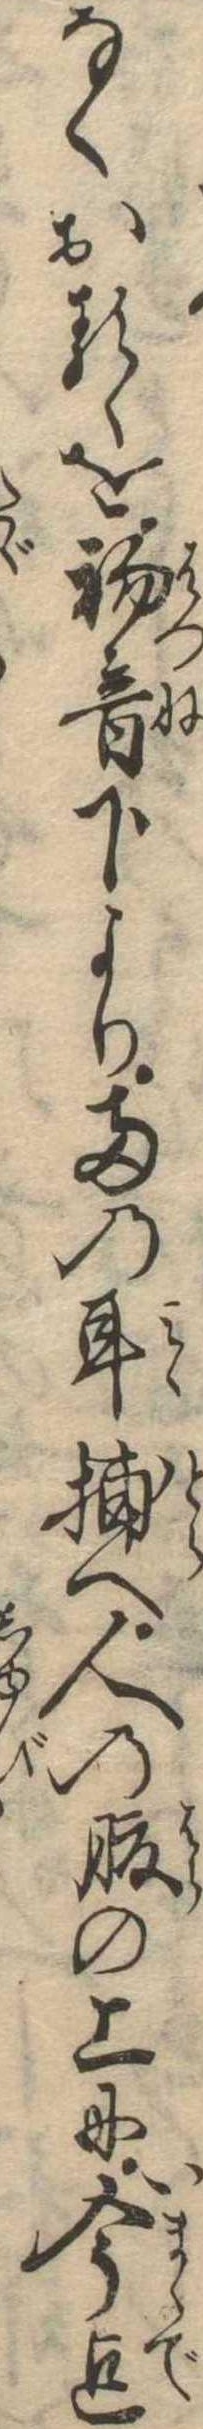
なくおるゝを初音下より両の耳捕へ人の腹の上に今迄